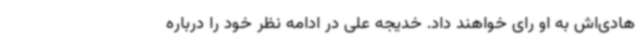
هادی‌اش به او رای خواهند داد. خدیجه علی در ادامه نظر خود را درباره